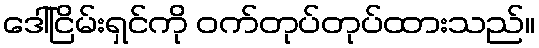
ဒေါ်ငြိမ်းရှင်ကို ဝက်တုပ်တုပ်ထားသည်။